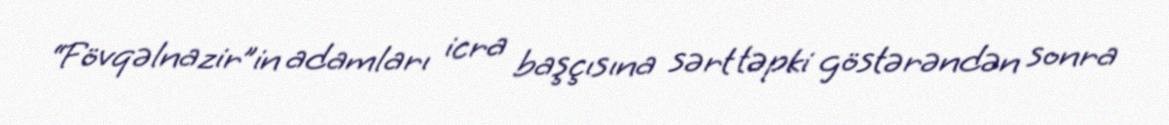
“Fövqəlnazir”in adamları icra başçısına sərt təpki göstərəndən sonra